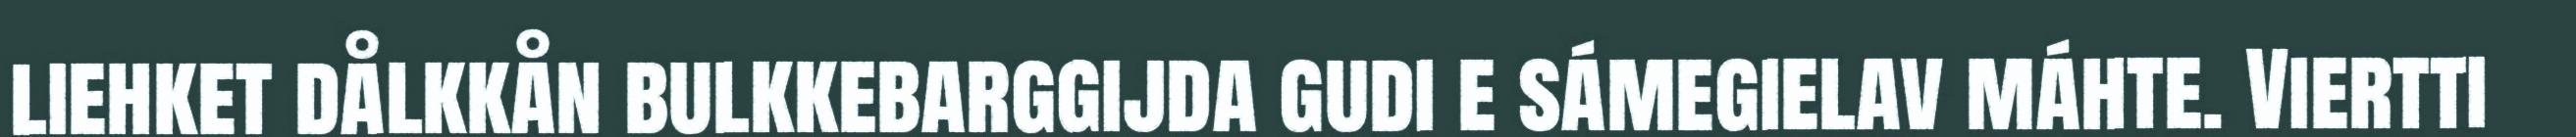
liehket dålkkån bulkkebarggijda gudi e sámegielav máhte. Viertti